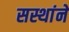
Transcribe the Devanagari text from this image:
सस्थांने